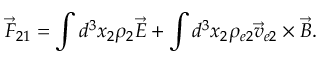
\vec { F } _ { 2 1 } = \int d ^ { 3 } x _ { 2 } \rho _ { 2 } \vec { E } + \int d ^ { 3 } x _ { 2 } \rho _ { e 2 } \vec { v } _ { e 2 } \times \vec { B } .